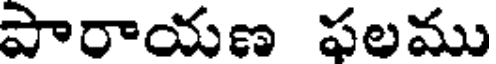
పారాయణ ఫలము